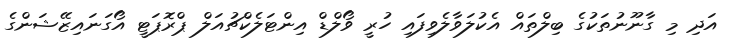
އަދި މި ގާނޫނުތަކުގެ ބިލްތައް އެކުލަވާލެވިފައި ހުރީ ވޯލްޑް އިންޓަލެކްޗުއަލް ޕްރޮޕަޓީ އޯގަނައިޒޭޝަންގެ